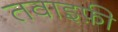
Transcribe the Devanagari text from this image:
तवाइफ़ी